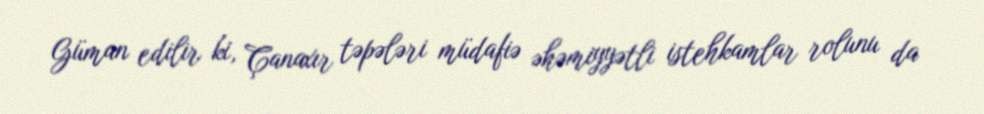
Güman edilir ki, Çanaxır təpələri müdafiə əhəmiyyətli istehkamlar rolunu da